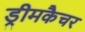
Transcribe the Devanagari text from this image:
ड्रीमकैचर